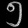
Digit: ၅